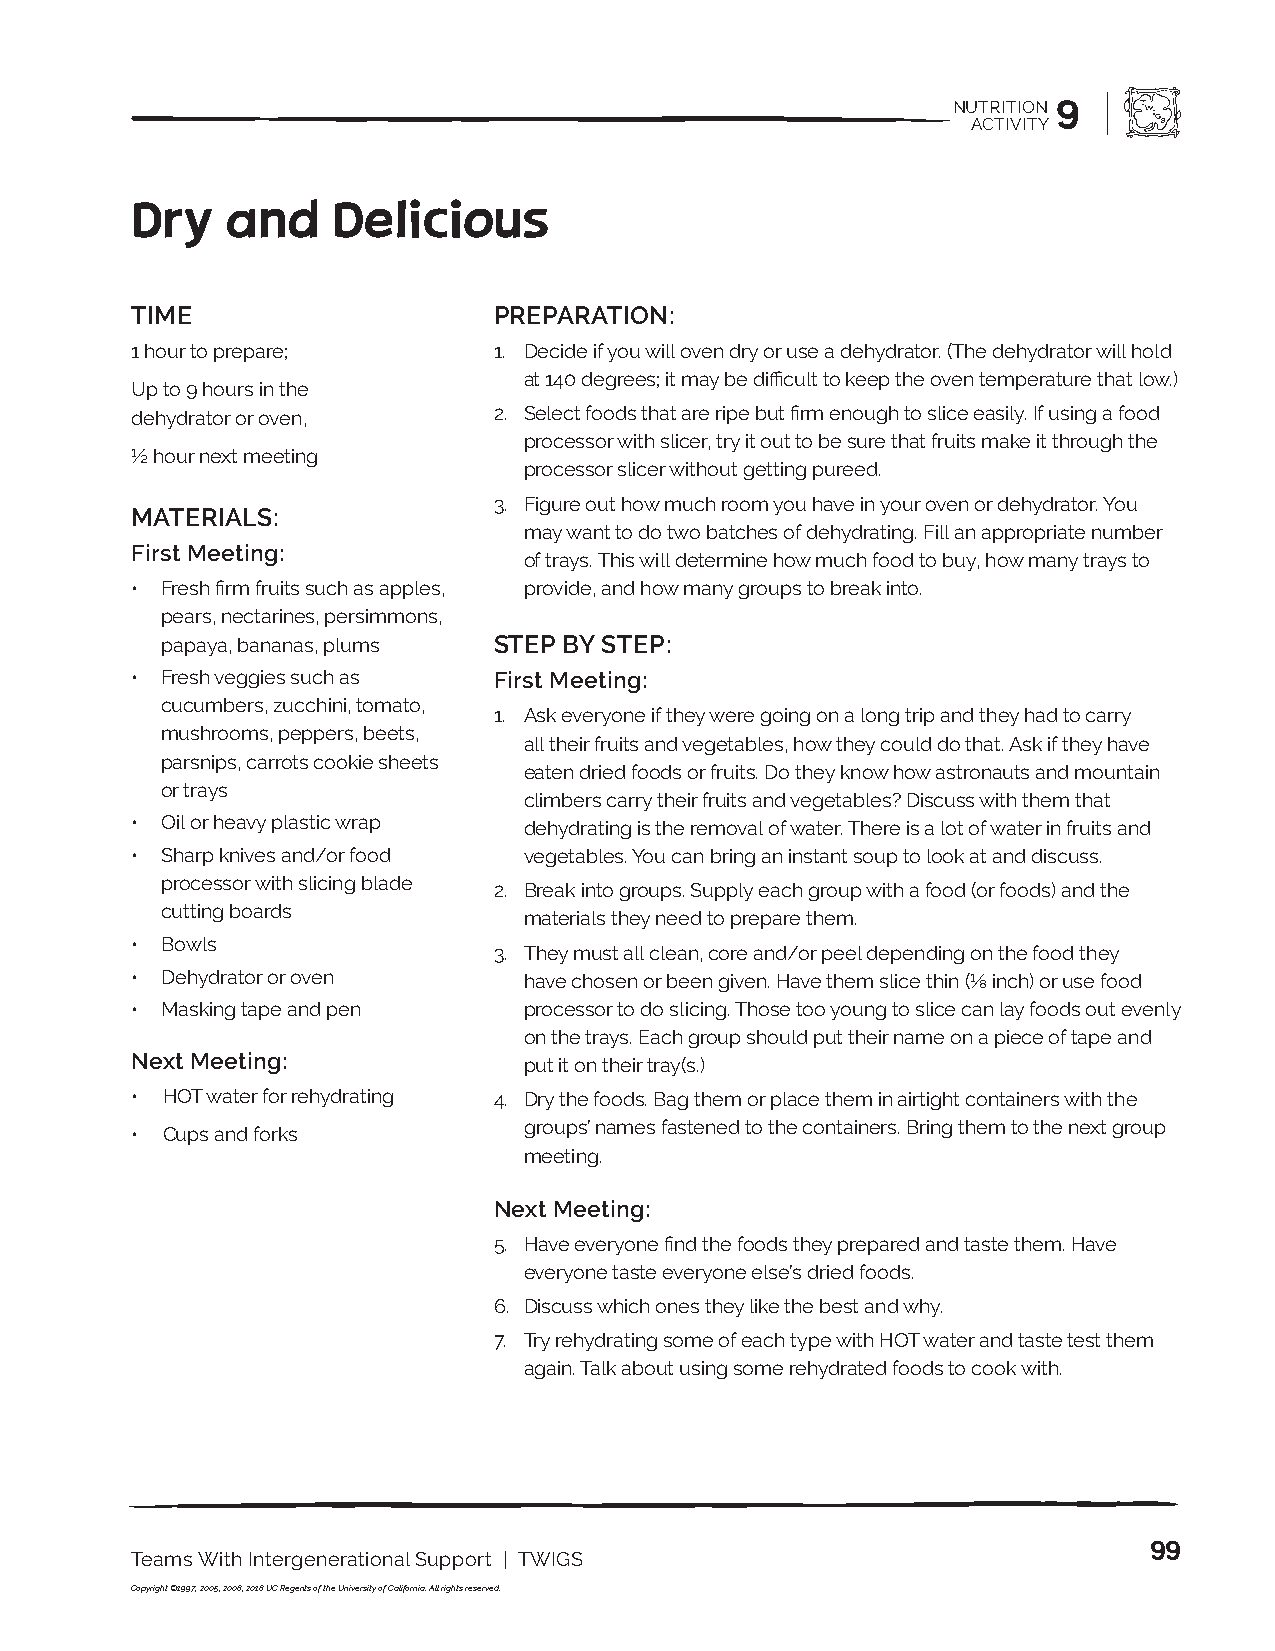
NUTRITION 9
 ACTIVITY
 Dry   and    Delicious
 TIME                    PREPARATION:
 1 hour to prepare;      1. Decide if you will oven dry or use a dehydrator. (The dehydrator will hold
 at 140 degrees; it may be difficult to keep the oven temperature that low.)
 Up to 9 hours in the
 dehydrator or oven,     2. Select foods that are ripe but firm enough to slice easily. If using a food
 processor with slicer, try it out to be sure that fruits make it through the
 ½ hour next meeting
 processor slicer without getting pureed.
 3. Figure out how much room you have in your oven or dehydrator. You
 MATERIALS:
 may want to do two batches of dehydrating. Fill an appropriate number
 First Meeting:
 of trays. This will determine how much food to buy, how many trays to
 • Fresh firm fruits such as apples, provide, and how many groups to break into.
 pears, nectarines, persimmons,
 papaya, bananas, plums STEP BY STEP:
 • Fresh veggies such as First Meeting:
 cucumbers, zucchini, tomato,
 1. Ask everyone if they were going on a long trip and they had to carry
 mushrooms, peppers, beets,
 all their fruits and vegetables, how they could do that. Ask if they have
 parsnips, carrots cookie sheets
 eaten dried foods or fruits. Do they know how astronauts and mountain
 or trays
 climbers carry their fruits and vegetables? Discuss with them that
 • Oil or heavy plastic wrap dehydrating is the removal of water. There is a lot of water in fruits and
 • Sharp knives and/or food vegetables. You can bring an instant soup to look at and discuss.
 processor with slicing blade
 2. Break into groups. Supply each group with a food (or foods) and the
 cutting boards
 materials they need to prepare them.
 • Bowls
 3. They must all clean, core and/or peel depending on the food they
 • Dehydrator or oven      have chosen or been given. Have them slice thin (⅛ inch) or use food
 • Masking tape and pen    processor to do slicing. Those too young to slice can lay foods out evenly
 on the trays. Each group should put their name on a piece of tape and
 Next Meeting:             put it on their tray(s.)
 • HOT water for rehydrating 4. Dry the foods. Bag them or place them in airtight containers with the
 groups’ names fastened to the containers. Bring them to the next group
 • Cups and forks
 meeting.
 Next Meeting:
 5. Have everyone find the foods they prepared and taste them. Have
 everyone taste everyone else’s dried foods.
 6. Discuss which ones they like the best and why.
 7. Try rehydrating some of each type with HOT water and taste test them
 again. Talk about using some rehydrated foods to cook with.
 99
 Teams With Intergenerational Support | TWIGS
 Copyright ©1997, 2005, 2008, 2018 UC Regents of the University of California. All rights reserved.